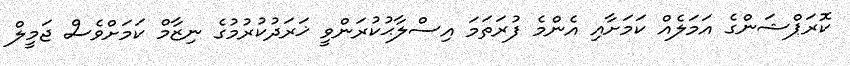
ކޮރަޕްޝަންގެ އަމަލެއް ކަމަށާއި އެންމެ ފުރަތަމަ އިސްލާޙުކުރަންވީ ޚަރަދުކުރުމުގެ ނިޒާމް ކަމަށްވެސް ޖަމީލް